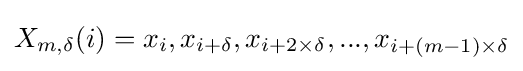
X_{m,\delta }(i)={x_{i},x_{i+\delta },x_{i+2\times \delta },...,x_{i+(m-1)\times \delta }}